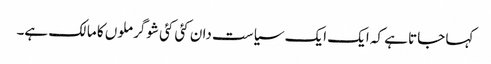
کہا جاتا ہے کہ ایک ایک سیاست دان کئی کئی شوگر ملوں کا مالک ہے۔